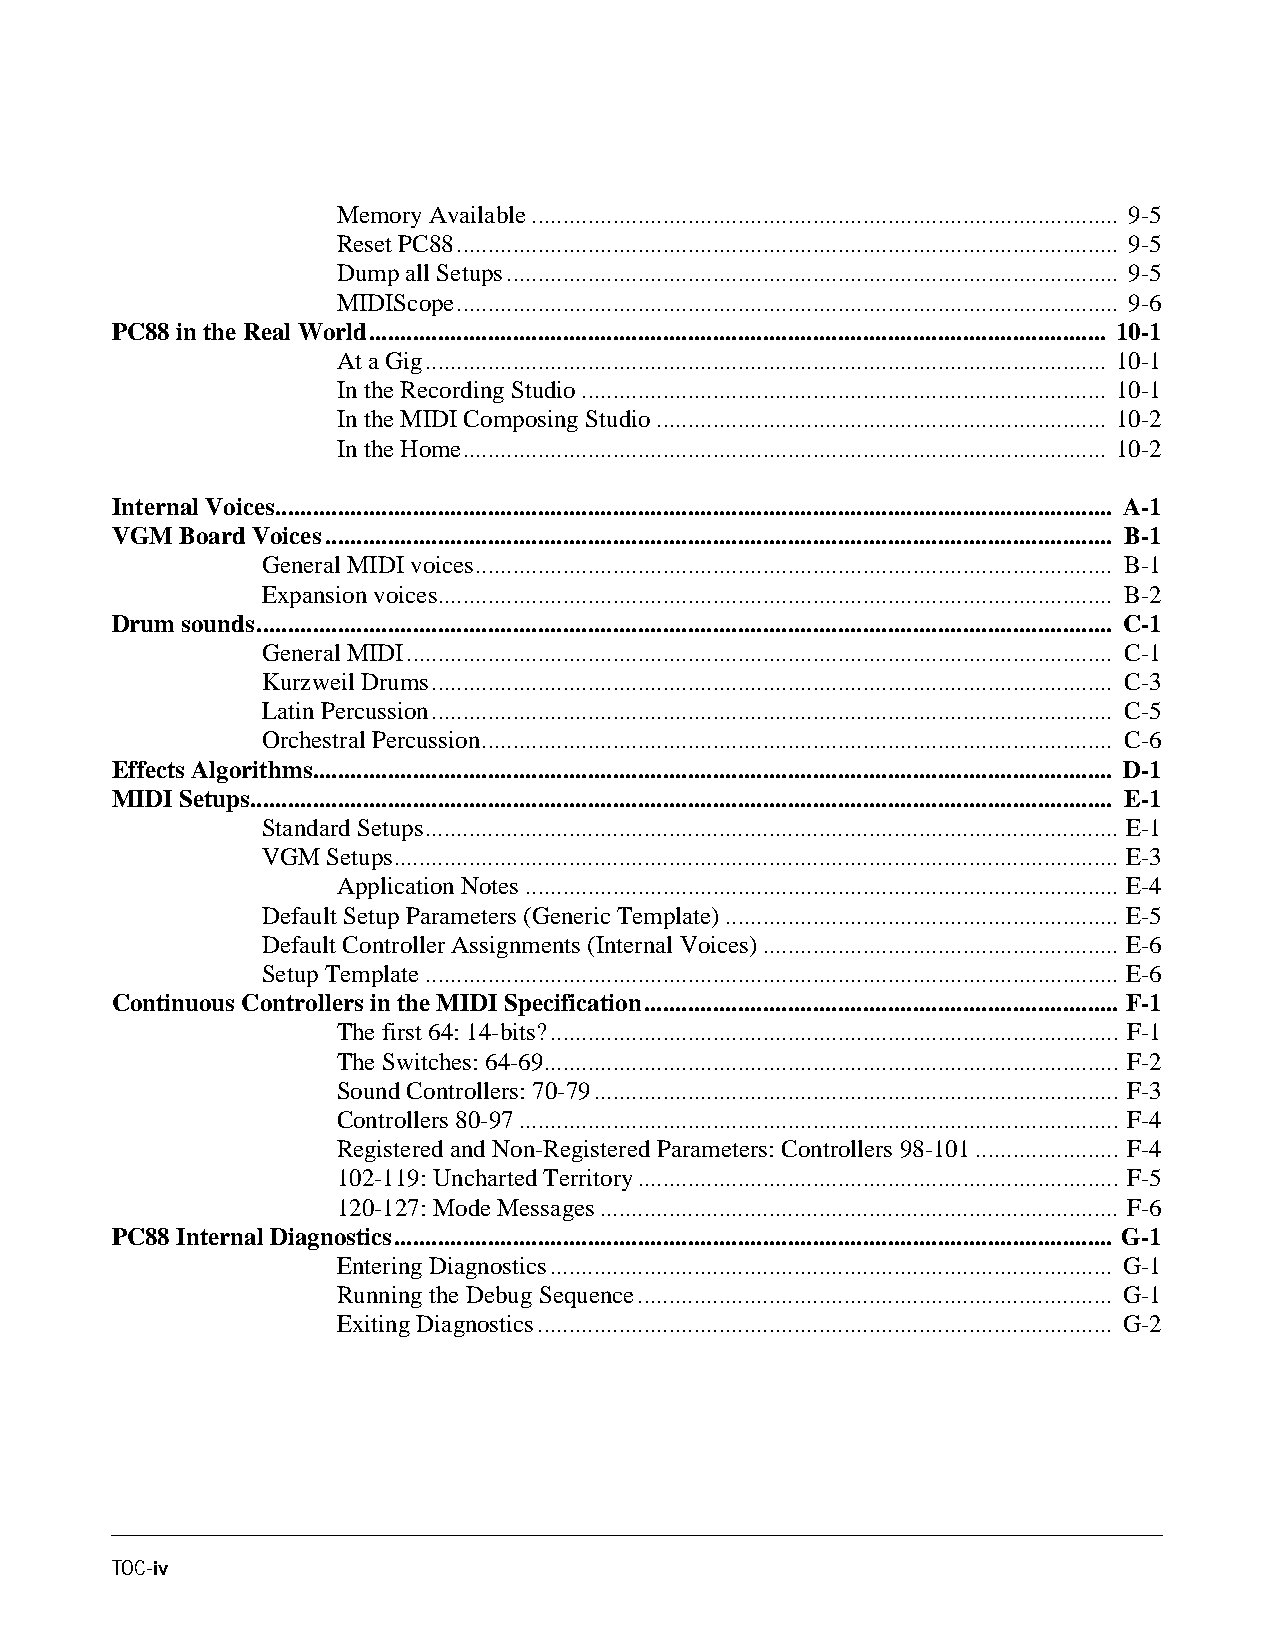
Memory Available.............................................................................................. 9-5
 Reset PC88.......................................................................................................... 9-5
 Dump all Setups.................................................................................................. 9-5
 MIDIScope.......................................................................................................... 9-6
 PC88 in the Real World...................................................................................................................... 10-1
 At a Gig............................................................................................................. 10-1
 In the Recording Studio.................................................................................... 10-1
 In the MIDI Composing Studio........................................................................ 10-2
 In the Home....................................................................................................... 10-2
 Internal Voices...................................................................................................................................... A-1
 VGM  Board Voices.............................................................................................................................. B-1
 General MIDI voices...................................................................................................... B-1
 Expansion voices............................................................................................................ B-2
 Drum sounds......................................................................................................................................... C-1
 General MIDI................................................................................................................. C-1
 Kurzweil Drums............................................................................................................. C-3
 Latin Percussion............................................................................................................. C-5
 Orchestral Percussion..................................................................................................... C-6
 Effects Algorithms................................................................................................................................ D-1
 MIDI Setups.......................................................................................................................................... E-1
 Standard Setups............................................................................................................... E-1
 VGM  Setups.................................................................................................................... E-3
 Application Notes............................................................................................... E-4
 Default Setup Parameters (Generic Template)............................................................... E-5
 Default Controller Assignments (Internal Voices)......................................................... E-6
 Setup Template............................................................................................................... E-6
 Continuous Controllers in the MIDI Specification............................................................................ F-1
 The first 64: 14-bits?........................................................................................... F-1
 The Switches: 64-69............................................................................................ F-2
 Sound Controllers: 70-79.................................................................................... F-3
 Controllers 80-97................................................................................................ F-4
 Registered and Non-Registered Parameters: Controllers 98-101....................... F-4
 102-119: Uncharted Territory............................................................................. F-5
 120-127: Mode Messages................................................................................... F-6
 PC88 Internal Diagnostics................................................................................................................... G-1
 Entering Diagnostics.......................................................................................... G-1
 Running the Debug Sequence............................................................................ G-1
 Exiting Diagnostics............................................................................................ G-2
 TOC-iv